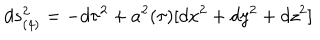
d s _ { ( 4 ) } ^ { 2 } = - d \tau ^ { 2 } + a ^ { 2 } ( \tau ) [ d x ^ { 2 } + d y ^ { 2 } + d z ^ { 2 } ]